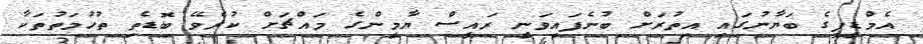
އެމްޑީޕީގެ ބަޔާނުގައި އިތުރަށް ބުނެފައިވަނީ ރައީސް ޔާމީންގެ މައްޗަށް ކުރެވޭ ބޮޑެތި ތުހުމަތުތަކާ